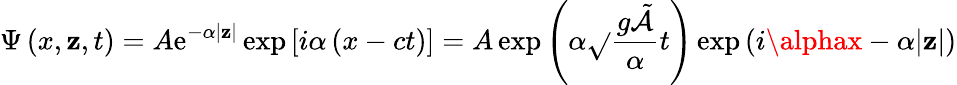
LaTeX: \Psi\left(x,\mathbf{z},t\right)=A\mathrm{e}^{-\alpha|\mathbf{z}|}\exp\left[i\alpha\left(x-ct\right)\right]=A\exp\left(\alpha{\sqrt{}{{\frac{{g{\tilde{{\mathcal{{A}}}}}}}{{\alpha}}}}}t\right)\exp\left(i\alphax-\alpha|\mathbf{z}|\right)